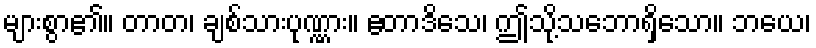
များစွာ၏။ တာတ၊ ချစ်သားပုဏ္ဏား။ ဧတာဒိသေ၊ ဤသို့သဘောရှိသော။ ဘယေ၊